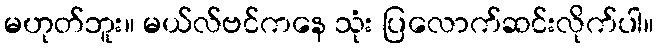
မဟုတ်ဘူး။ မယ်လ်ဗင်ကနေ သုံး ပြလောက်ဆင်းလိုက်ပါ။